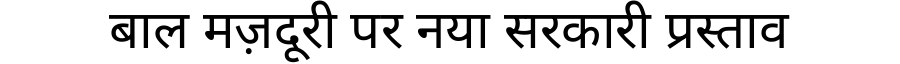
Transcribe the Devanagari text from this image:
बाल मज़दूरी पर नया सरकारी प्रस्ताव